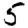
Digit: 5